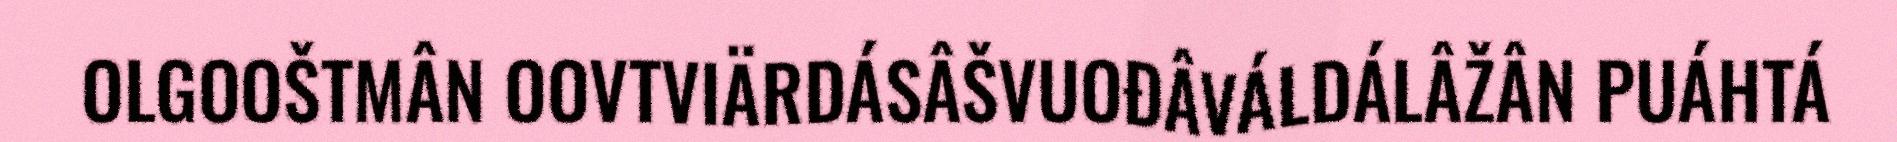
OLGOOŠTMÂN OOVTVIÄRDÁSÂŠVUOĐÂVÁLDÁLÂŽÂN PUÁHTÁ